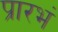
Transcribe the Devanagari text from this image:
प्रारभं